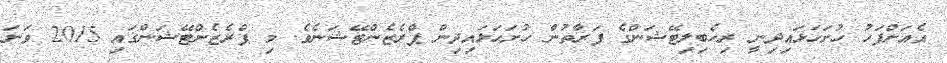
އެއަށްފަހު ހުށަހަޅައިދިނީ ރިހެބިލިޓޭޝަންގެ ފަރާތުން ހުށަހަޅައިދިން ޕްރެޒެންޓޭޝަނެވެ. މި ޕްރެޒެންޓޭޝަންގައި 2015 ވަނަ